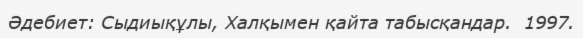
Әдебиет: Сыдиықұлы, Халқымен қайта табысқандар.  1997.